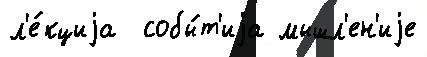
л'е́кциjа  собы́т'иjа мышл'ен'иjе